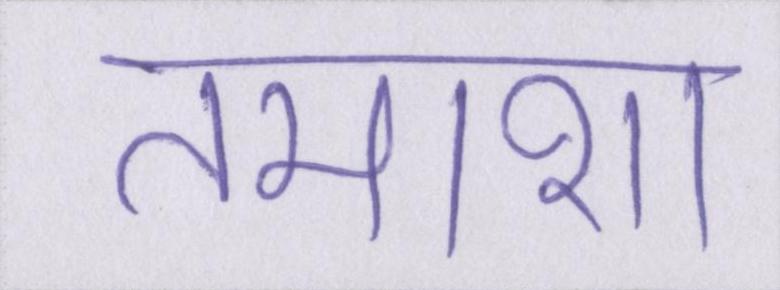
तमाशा